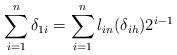
LaTeX: \begin{align*}\sum\limits^{n}_{i=1}\delta_{1i}=\sum\limits^{n}_{i=1}l_{in}(\delta_{ih})2^{i-1}\end{align*}